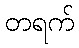
တရက်